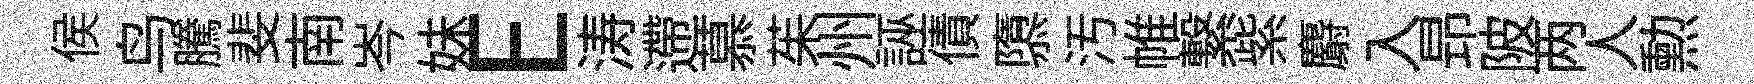
侯鸟騰斐南岑妹E涛遰慕茱州誣債隳汚帷繋紫麝入昻陂两人勲